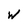
Character: W